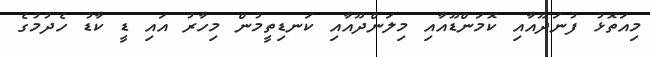
މިއަތޮޅު ފުނަދޫއާއި ކޮމަންޑޫއާއި މިލަންދޫއާއި ކަނޑިތީމުން މިހާރު އައި ޑީ ކާޑު ހެދުމުގެ